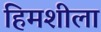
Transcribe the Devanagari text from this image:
हिमशीला